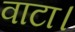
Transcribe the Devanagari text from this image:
वाटा।